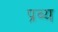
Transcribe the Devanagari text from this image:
प्रव्य